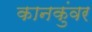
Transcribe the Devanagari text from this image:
कानकुंवर